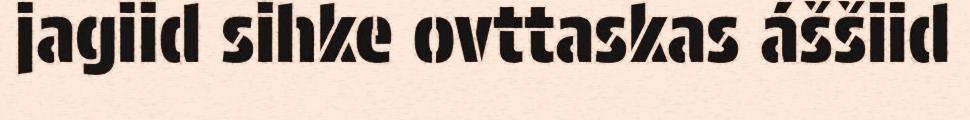
jagiid sihke ovttaskas áššiid